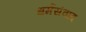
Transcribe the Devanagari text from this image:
धर्मसंवाद